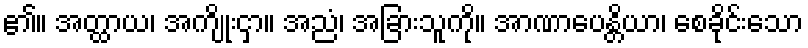
၏။ အတ္ထာယ၊ အကျိုးငှာ။ အညံ၊ အခြားသူကို။ အာဏာပေန္တိယာ၊ စေခိုင်းသော